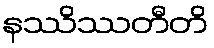
နဿိဿတီတိ